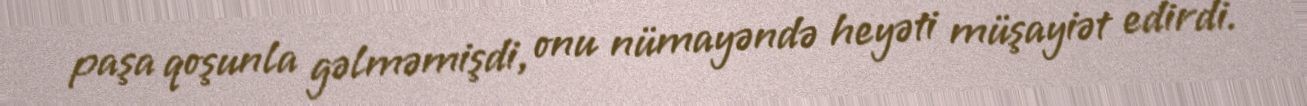
paşa qoşunla gəlməmişdi, onu nümayəndə heyəti müşayiət edirdi.